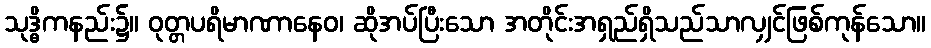
သုဒ္ဓိကနည်း၌။ ဝုတ္တပရိမာဏာနေဝ၊ ဆိုအပ်ပြီးသော အတိုင်းအရှည်ရှိသည်သာလျှင်ဖြစ်ကုန်သော။